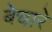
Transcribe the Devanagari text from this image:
बेचारें